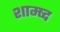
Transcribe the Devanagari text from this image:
शाम्ष्द